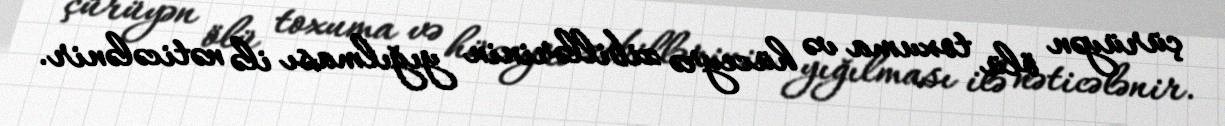
çürüyən ölü toxuma və hüceyrə zibillərinin yığılması ilə nəticələnir.